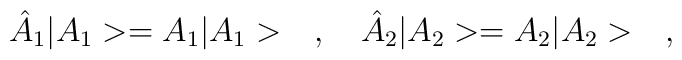
\hat{A}_1|A_1>=A_1|A_1>\ \ \ ,\ \ \ \hat{A}_2|A_2>=A_2|A_2>\ \ \ ,